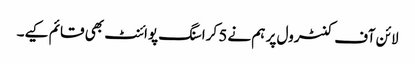
لائن آف کنٹرول پر ہم نے 5 کراسنگ پوائنٹ بھی قائم کیے۔